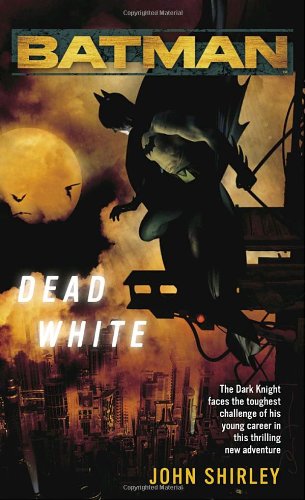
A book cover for Batman: Dead White; John Shirley; Science Fiction & Fantasy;